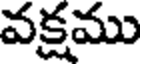
వక్షము